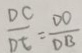
\frac { D C } { D E } = \frac { D O } { D B }